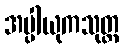
အပ္ပါယုကသုတ္တ